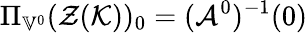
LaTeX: \Pi_{\mathbb{V}^{0}}(\mathcal{Z}(\mathcal{K}))_{0}=(\mathcal{A}^{0})^{-1}(0)